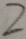
2